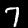
Digit: 7